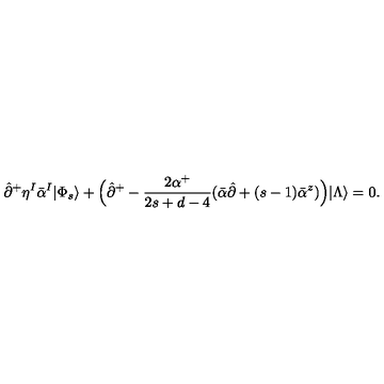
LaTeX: \hat { \partial } ^ { + } \eta ^ { I } \bar { \alpha } ^ { I } | \Phi _ { s } \rangle + \Bigl ( \hat { \partial } ^ { + } - \frac { 2 \alpha ^ { + } } { 2 s + d - 4 } ( \bar { \alpha } \hat { \partial } + ( s - 1 ) \bar { \alpha } ^ { z } ) \Bigr ) | \Lambda \rangle = 0 .